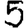
Digit: 5